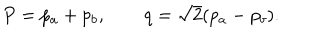
P = p _ { a } + p _ { b } , \qquad q = \sqrt { 2 } ( p _ { a } - p _ { b } ) .